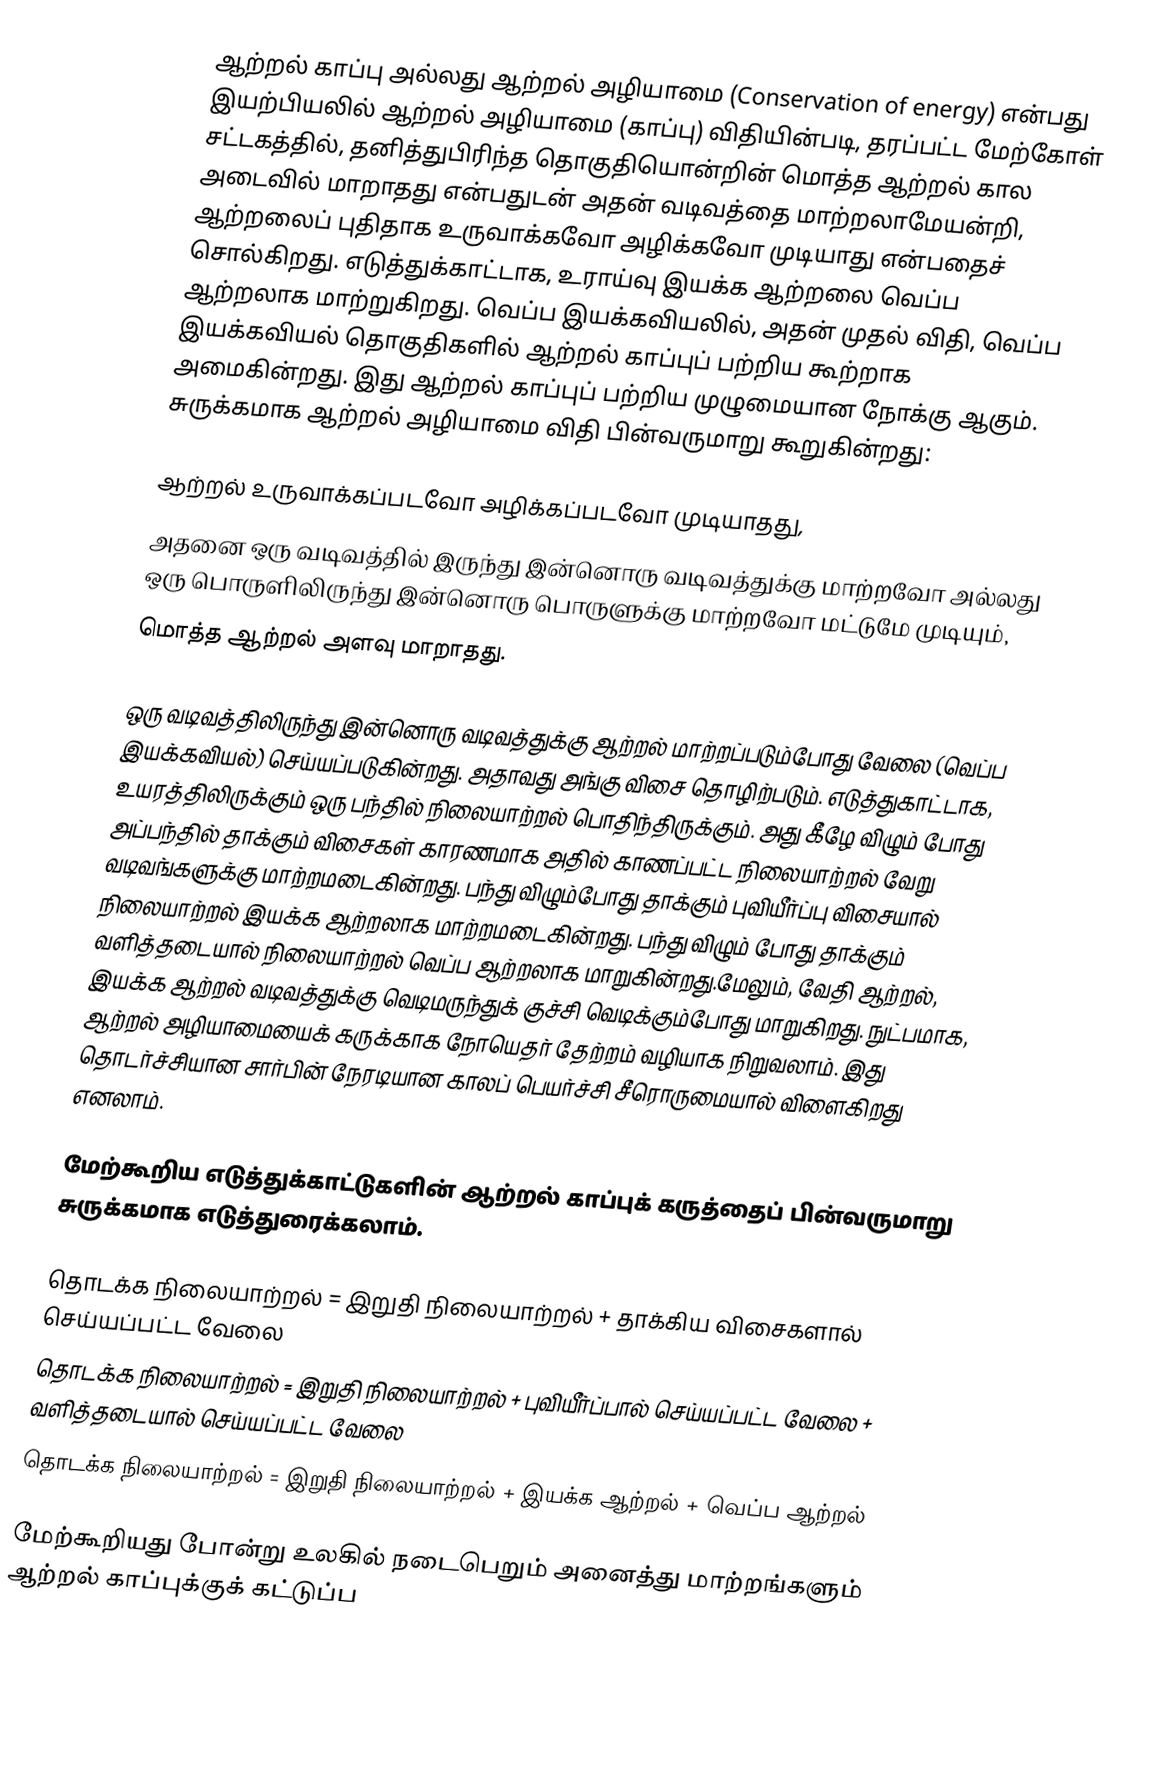
ஆற்றல் காப்பு அல்லது ஆற்றல் அழியாமை (Conservation of energy) என்பது இயற்பியலில் ஆற்றல் அழியாமை (காப்பு) விதியின்படி, தரப்பட்ட மேற்கோள் சட்டகத்தில்,  தனித்துபிரிந்த தொகுதியொன்றின் மொத்த ஆற்றல் கால அடைவில் மாறாதது என்பதுடன் அதன் வடிவத்தை மாற்றலாமேயன்றி, ஆற்றலைப் புதிதாக உருவாக்கவோ அழிக்கவோ முடியாது என்பதைச் சொல்கிறது. எடுத்துக்காட்டாக, உராய்வு இயக்க ஆற்றலை வெப்ப ஆற்றலாக மாற்றுகிறது. வெப்ப இயக்கவியலில், அதன் முதல் விதி, வெப்ப இயக்கவியல் தொகுதிகளில் ஆற்றல் காப்புப் பற்றிய கூற்றாக அமைகின்றது. இது ஆற்றல் காப்புப் பற்றிய முழுமையான நோக்கு ஆகும். சுருக்கமாக ஆற்றல் அழியாமை விதி பின்வருமாறு கூறுகின்றது:

 ஆற்றல் உருவாக்கப்படவோ அழிக்கப்படவோ முடியாதது,
 அதனை ஒரு வடிவத்தில் இருந்து இன்னொரு வடிவத்துக்கு மாற்றவோ அல்லது ஒரு பொருளிலிருந்து இன்னொரு பொருளுக்கு மாற்றவோ மட்டுமே முடியும்,
 மொத்த ஆற்றல் அளவு மாறாதது.

ஒரு வடிவத்திலிருந்து இன்னொரு வடிவத்துக்கு ஆற்றல் மாற்றப்படும்போது வேலை (வெப்ப இயக்கவியல்) செய்யப்படுகின்றது. அதாவது அங்கு விசை தொழிற்படும். எடுத்துகாட்டாக, உயரத்திலிருக்கும் ஒரு பந்தில் நிலையாற்றல் பொதிந்திருக்கும். அது கீழே விழும் போது அப்பந்தில் தாக்கும் விசைகள் காரணமாக அதில் காணப்பட்ட நிலையாற்றல் வேறு வடிவங்களுக்கு மாற்றமடைகின்றது. பந்து விழும்போது தாக்கும் புவியீர்ப்பு விசையால் நிலையாற்றல் இயக்க ஆற்றலாக மாற்றமடைகின்றது.  பந்து விழும் போது தாக்கும் வளித்தடையால் நிலையாற்றல் வெப்ப ஆற்றலாக மாறுகின்றது.மேலும், வேதி ஆற்றல்,  இயக்க ஆற்றல் வடிவத்துக்கு வெடிமருந்துக் குச்சி வெடிக்கும்போது மாறுகிறது. நுட்பமாக, ஆற்றல் அழியாமையைக் கருக்காக நோயெதர் தேற்றம் வழியாக நிறுவலாம்.  இது தொடர்ச்சியான சார்பின் நேரடியான காலப் பெயர்ச்சி சீரொருமையால் விளைகிறது எனலாம்.

மேற்கூறிய எடுத்துக்காட்டுகளின் ஆற்றல் காப்புக் கருத்தைப் பின்வருமாறு சுருக்கமாக எடுத்துரைக்கலாம்.

தொடக்க நிலையாற்றல் = இறுதி நிலையாற்றல் + தாக்கிய விசைகளால் செய்யப்பட்ட வேலை
தொடக்க நிலையாற்றல் = இறுதி நிலையாற்றல் + புவியீர்ப்பால் செய்யப்பட்ட வேலை + வளித்தடையால் செய்யப்பட்ட வேலை
தொடக்க நிலையாற்றல் = இறுதி நிலையாற்றல் + இயக்க ஆற்றல் + வெப்ப ஆற்றல்

மேற்கூறியது போன்று உலகில் நடைபெறும் அனைத்து மாற்றங்களும் ஆற்றல் காப்புக்குக் கட்டுப்ப